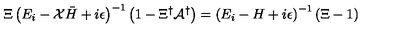
\Xi \left( E _ { i } - { \cal X } { \bar { H } } + i \epsilon \right) ^ { - 1 } \left( 1 - \Xi ^ { \dagger } { \cal A } ^ { \dagger } \right) = \left( E _ { i } - H + i \epsilon \right) ^ { - 1 } \left( \Xi - 1 \right)